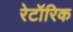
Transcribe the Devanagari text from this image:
रेटॉरिक